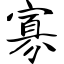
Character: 寡